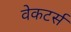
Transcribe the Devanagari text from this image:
वेकटर्स